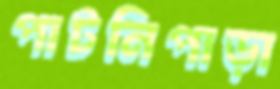
পাটনিপাড়া